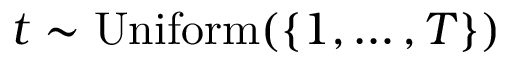
{ t \sim \operatorname { U n i f o r m } ( \{ 1 , \ldots , T \} ) }